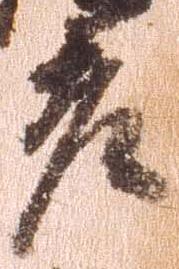
老